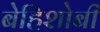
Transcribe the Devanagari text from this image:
बेहिशोबी